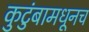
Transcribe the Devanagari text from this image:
कुटुंबामधूनच